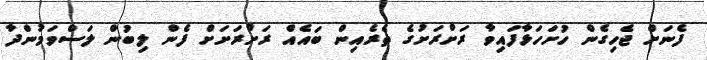
ފެނަށް ޖެހިގެން ހުށަހަޅާފައިވާ ރަށްރަށުގެ ތެރެއިން ބައެއް ރަށްރަށަށް ފެން ލިބުން ލަސްވަމުންދާ